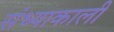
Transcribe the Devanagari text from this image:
संध्याकाली